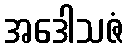
အဒေါသဇံ